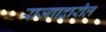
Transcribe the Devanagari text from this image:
राज्गाद्वारील